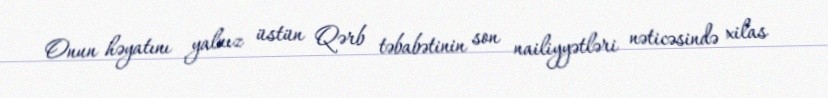
Onun həyatını yalnız üstün Qərb təbabətinin son nailiyyətləri nəticəsində xilas